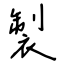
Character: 製